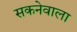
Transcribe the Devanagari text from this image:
सकनेवाला